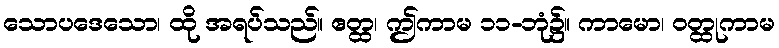
သောပဒေသော၊ ထို အရပ်သည်။ ဧတ္ထ၊ ဤကာမ ၁၁-ဘုံ၌။ ကာမော၊ ဝတ္ထုကာမ